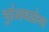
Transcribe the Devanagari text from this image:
भुईआवळीच्या